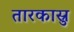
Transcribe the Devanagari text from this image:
तारकास्रु